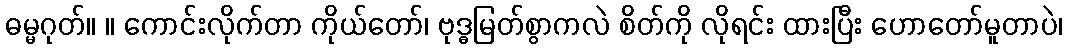
ဓမ္မဂုတ်။ ။ ကောင်းလိုက်တာ ကိုယ်တော်၊ ဗုဒ္ဓမြတ်စွာကလဲ စိတ်ကို လိုရင်း ထားပြီး ဟောတော်မူတာပဲ၊